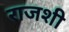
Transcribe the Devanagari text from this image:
राजशी